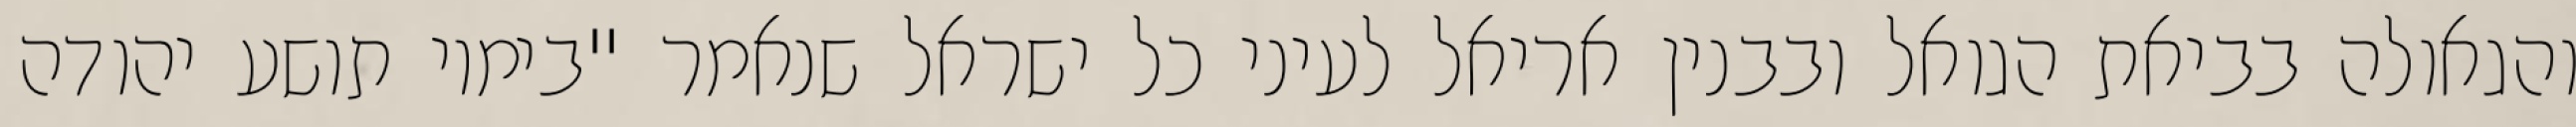
והגאולה בביאת הגואל ובבנין אריאל לעיני כל ישראל שנאמר "בימיו תושע יהודה